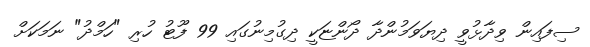
ސިފައިން ވިދާޅުވީ ދިޔަވަމުންދާ ދޯންޏަކީ ދިގުމިނުގައި 99 ފޫޓު ހުރި "ހަމްދު" ނަމަކަށް